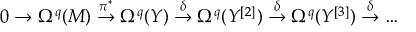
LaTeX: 0 \to \Omega ^ { q } ( M ) \stackrel { \pi ^ { * } } { \to } \Omega ^ { q } ( Y ) \stackrel { \delta } { \to } \Omega ^ { q } ( Y ^ { [ 2 ] } ) \stackrel { \delta } { \to } \Omega ^ { q } ( Y ^ { [ 3 ] } ) \stackrel { \delta } { \to } \dots